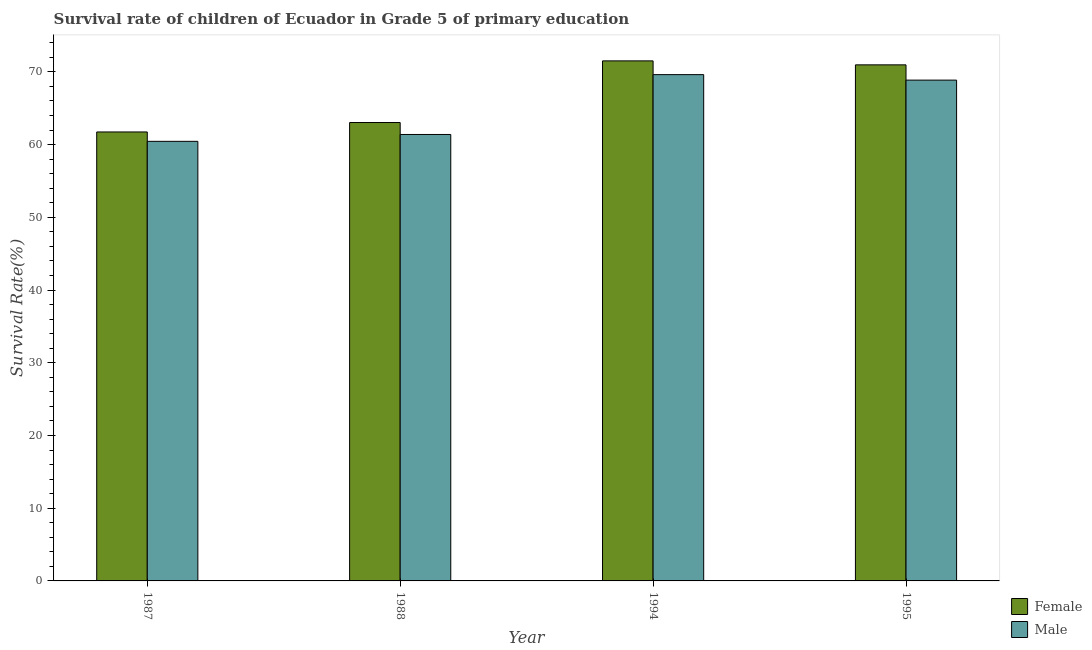
| Year | Female | Male |
 | --- | --- | --- |
 | 1987 | 61.7 | 60.5 |
 | 1988 | 63 | 61.4 |
 | 1994 | 71.5 | 69.6 |
 | 1995 | 71 | 68.9 |